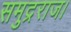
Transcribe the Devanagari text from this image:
समुद्रराज।